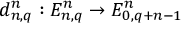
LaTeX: d _ { n , q } ^ { n } : E _ { n , q } ^ { n } \to E _ { 0 , q + n - 1 } ^ { n }